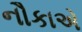
નૌકાએ